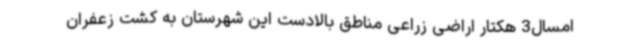
امسال3 هکتار اراضی زراعی مناطق بالادست این شهرستان به کشت زعفران